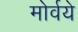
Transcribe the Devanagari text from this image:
मोर्वये